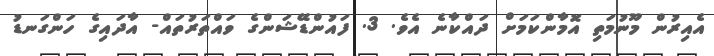
އެއިރުން މޫނުމަތި އޮމާންކަމަށް ދައްކާނެ އެވެ. 3. ފައުންޑޭޝަންގެ ވައްތަރުތައް- އާދައިގެ ހަންގަނޑު